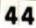
44